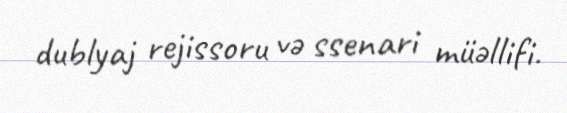
dublyaj rejissoru və ssenari müəllifi.